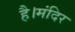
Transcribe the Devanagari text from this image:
है।मंदिर